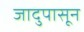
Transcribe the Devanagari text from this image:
जादुपासून